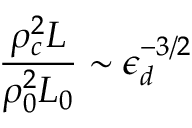
\frac { \rho _ { c } ^ { 2 } L } { \rho _ { 0 } ^ { 2 } L _ { 0 } } \sim \epsilon _ { d } ^ { - 3 / 2 }